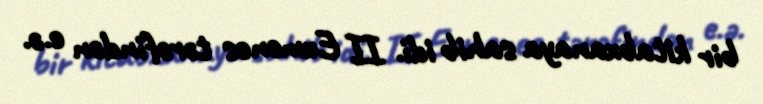
bir kitabxanaya sahib idi. II Eumenes tərəfindən e.ə.